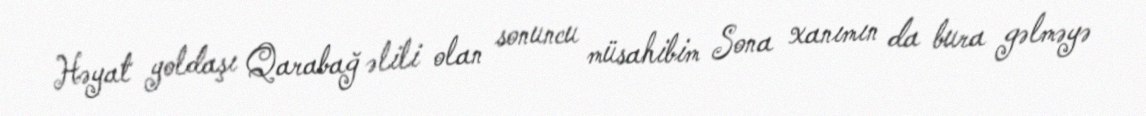
Həyat yoldaşı Qarabağ əlili olan sonuncu müsahibim Sona xanımın da bura gəlməyə